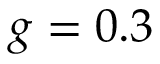
g = 0 . 3